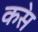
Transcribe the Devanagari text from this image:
कस॓